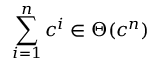
\sum _ { i = 1 } ^ { n } c ^ { i } \in \Theta ( c ^ { n } )